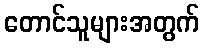
တောင်သူများအတွက်